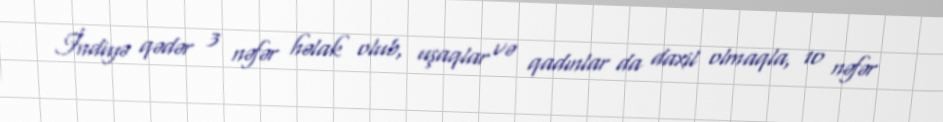
İndiyə qədər 3 nəfər həlak olub, uşaqlar və qadınlar da daxil olmaqla, 10 nəfər